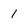
Character: 1